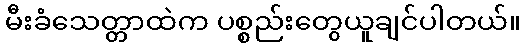
မီးခံသေတ္တာထဲက ပစ္စည်းတွေယူချင်ပါတယ်။